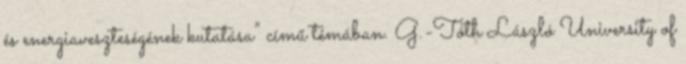
és energiaveszteségének kutatása” című témában. G.-Tóth László University of